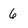
Character: 6